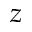
z